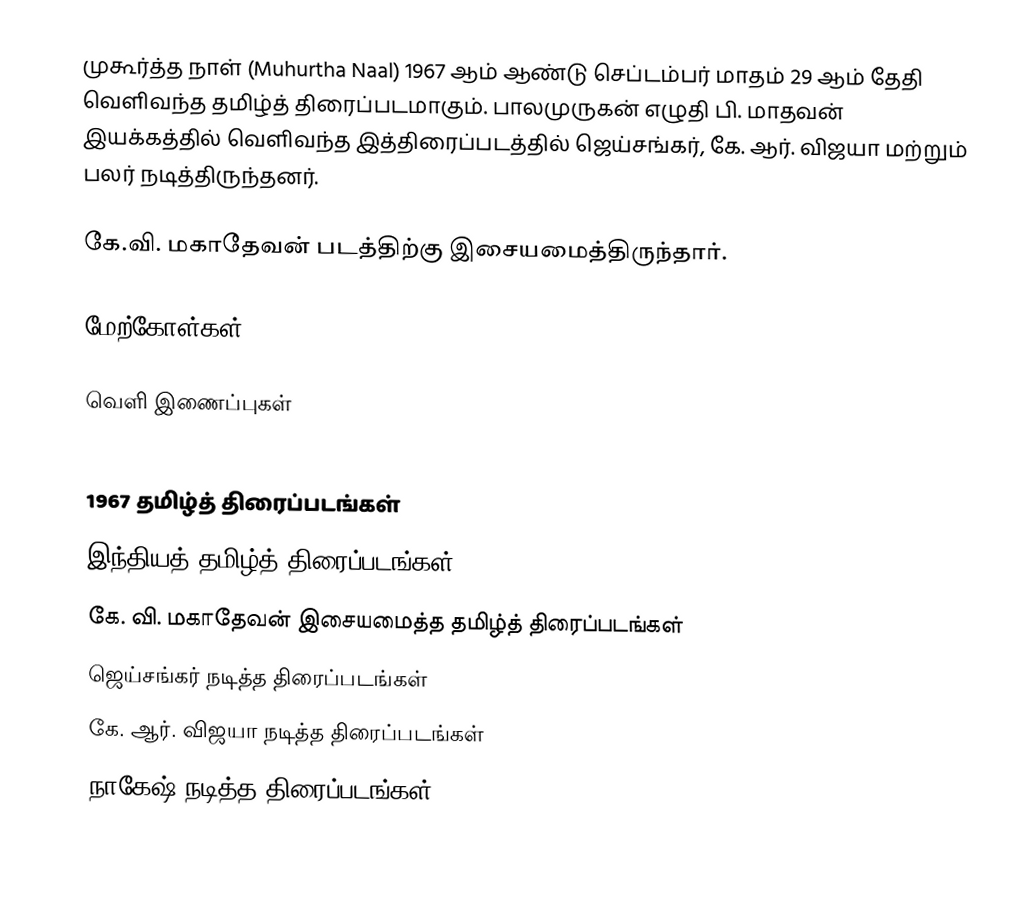
முகூர்த்த நாள் (Muhurtha Naal) 1967 ஆம் ஆண்டு செப்டம்பர் மாதம் 29 ஆம் தேதி வெளிவந்த தமிழ்த் திரைப்படமாகும். பாலமுருகன் எழுதி பி. மாதவன் இயக்கத்தில் வெளிவந்த இத்திரைப்படத்தில் ஜெய்சங்கர், கே. ஆர். விஜயா மற்றும் பலர் நடித்திருந்தனர்.

கே.வி. மகாதேவன் படத்திற்கு இசையமைத்திருந்தார்.

மேற்கோள்கள்

வெளி இணைப்புகள்

1967 தமிழ்த் திரைப்படங்கள்
இந்தியத் தமிழ்த் திரைப்படங்கள்
கே. வி. மகாதேவன் இசையமைத்த தமிழ்த் திரைப்படங்கள்
ஜெய்சங்கர் நடித்த திரைப்படங்கள்
கே. ஆர். விஜயா நடித்த திரைப்படங்கள்
நாகேஷ் நடித்த திரைப்படங்கள்